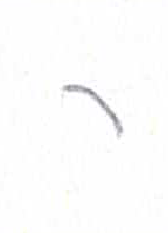
אות: ר